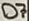
Text: D7